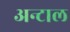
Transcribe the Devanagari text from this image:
अन्टाल